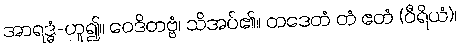
အာရဒ္ဓံ-ဟူ၍။ ဝေဒိတဗ္ဗံ၊ သိအပ်၏။ တဒေတံ တံ ဧတံ (ဝီရိယံ)၊